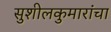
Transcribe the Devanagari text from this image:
सुशीलकुमारांचा